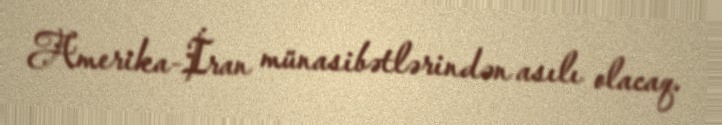
Amerika-İran münasibətlərindən asılı olacaq.